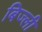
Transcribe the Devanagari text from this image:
बिज्ली